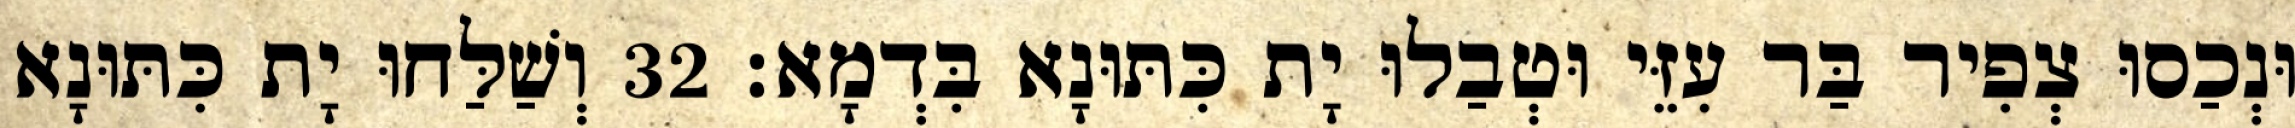
וּנְכַסוּ צְפִיר בַּר עִזֵּי וּטְבַלוּ יָת כִּתּוּנָא בִּדְמָא׃ 32 וְשַׁלַּחוּ יָת כִּתּוּנָא